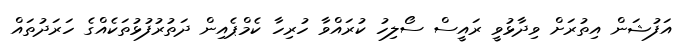
އަފުޝަން އިތުރަށް ވިދާޅުވީ ރައީސް ސޯލިހު ކުރައްވާ ހުރިހާ ކެމްޕެއިން ދަަތުރުފުޅުތަކެއްގެ ހަރަދުތައް